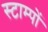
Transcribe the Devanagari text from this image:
स्टाम्पों